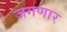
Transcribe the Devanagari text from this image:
जगणार